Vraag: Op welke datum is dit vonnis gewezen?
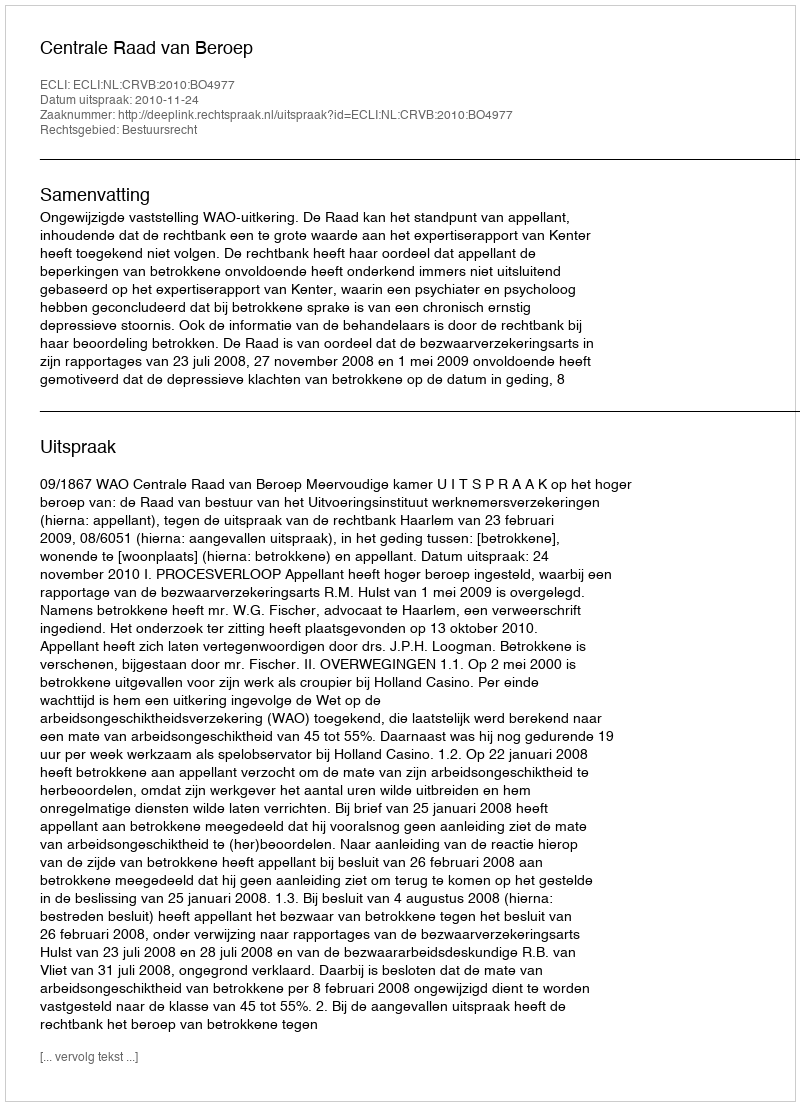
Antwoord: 2010-11-24